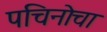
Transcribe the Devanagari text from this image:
पचिनोचा